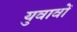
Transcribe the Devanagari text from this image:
युवावों